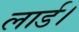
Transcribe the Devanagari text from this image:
लार्ड।